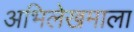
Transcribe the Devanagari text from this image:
अभिलेखमाला